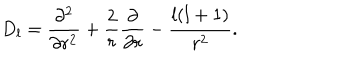
D _ { l } = { \frac { \partial ^ { 2 } } { \partial r ^ { 2 } } } + { \frac { 2 } { r } } { \frac { \partial } { \partial r } } - { \frac { l ( l + 1 ) } { r ^ { 2 } } } .